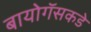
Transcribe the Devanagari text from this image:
बायोगॅसकडे